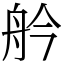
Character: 䑤